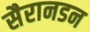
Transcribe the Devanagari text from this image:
सैरानडन